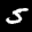
Label: 5